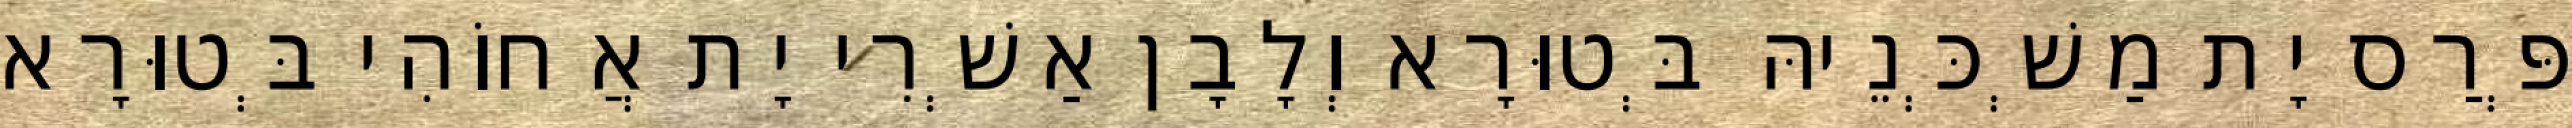
פְּרַס יָת מַשְׁכְּנֵיהּ בְּטוּרָא וְלָבָן אַשְׁרִי יָת אֲחוֹהִי בְּטוּרָא